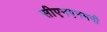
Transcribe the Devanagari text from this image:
सीएनएनमनी